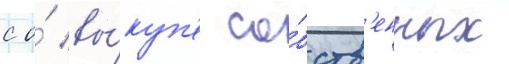
с о́ вы́куп'е со́бств'енных